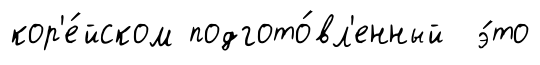
кор'е́йском подгото́вл'енный э́то